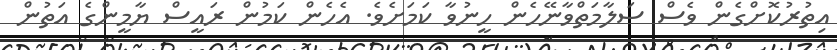
އިތުރުކޮށްގެން ވެސް ސަލާމަތްވާނޭހެން ހީނުވާ ކަމަށެވެ. އެހެން ކަމުން ރައީސް ޔާމީންގެ އަތުން